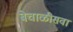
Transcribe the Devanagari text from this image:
बेचाळीसवा